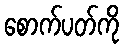
စောက်ပတ်ကို